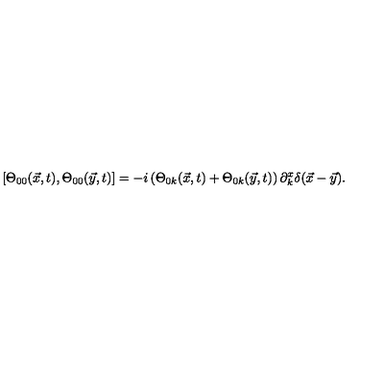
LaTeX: [ \Theta _ { 0 0 } ( \vec { x } , t ) , \Theta _ { 0 0 } ( \vec { y } , t ) ] = - i \left( \Theta _ { 0 k } ( \vec { x } , t ) + \Theta _ { 0 k } ( \vec { y } , t ) \right) \partial _ { k } ^ { x } \delta ( \vec { x } - \vec { y } ) .